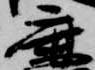
鹿